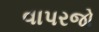
વાપરજો